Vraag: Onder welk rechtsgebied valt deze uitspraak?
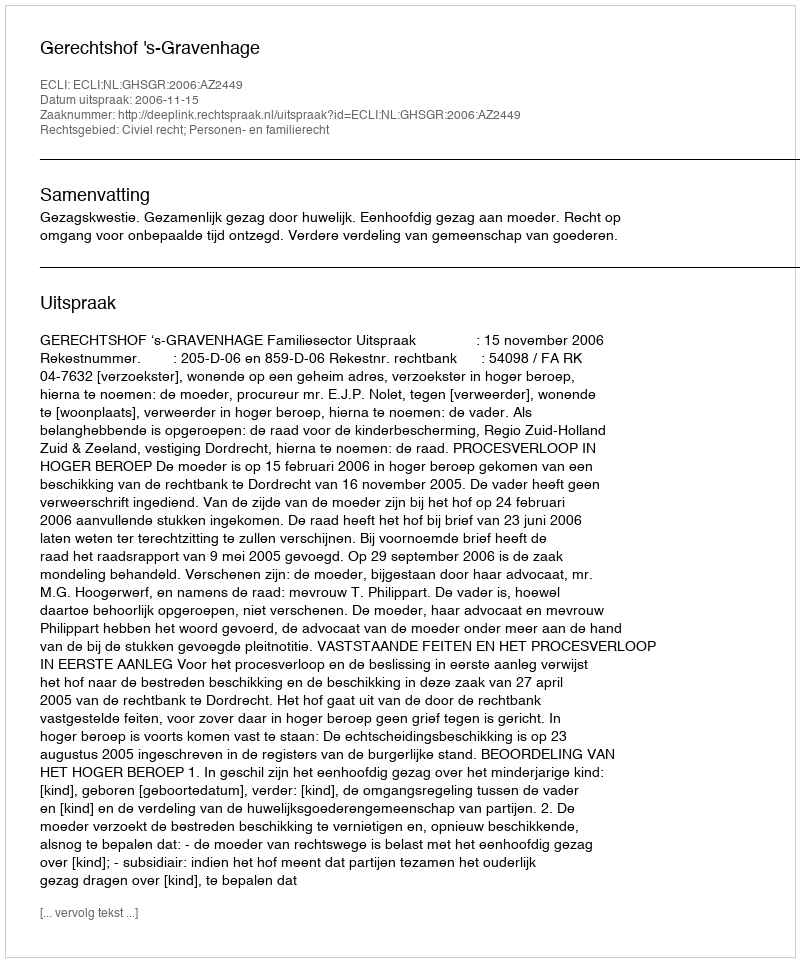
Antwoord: Civiel recht; Personen- en familierecht